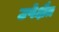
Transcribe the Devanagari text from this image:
उपेक्षैत